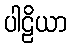
ပါဠိယာ